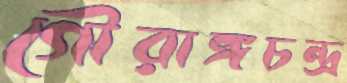
গৌরাঙ্গচন্দ্র